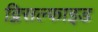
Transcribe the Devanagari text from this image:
द्विसल्फाइड